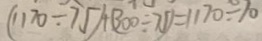
( 1 1 7 0 \div 7 5 ) + ( 3 0 0 \div 7 5 ) = 1 1 7 0 \div 7 0